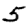
Digit: 5